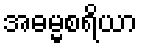
အဓမ္မစရိယာ